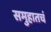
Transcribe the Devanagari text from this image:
समुहातचं